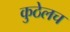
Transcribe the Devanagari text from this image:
कुठेलच